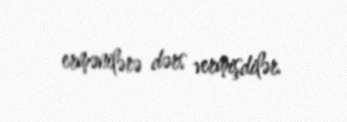
ermənilərə dərs vermişdilər.